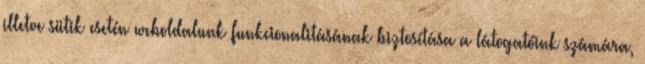
illetve sütik esetén weboldalunk funkcionalitásának biztosítása a látogatóink számára,